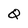
Character: Q